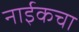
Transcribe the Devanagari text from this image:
नाईकचा